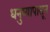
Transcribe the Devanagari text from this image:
धनुष्यापासून